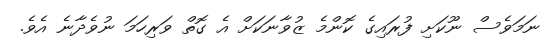
ނަމަވެސް ނޫކަށިި ފުރައިގެ ކޮންމެ ޒުވާނަކަށް އެ ގޮތް ވަރިހަމަ ނުވެދާނެ އެވެ.